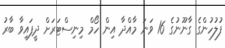
ފުލުހުންގެ ގާނޫނުގެ 16 ވަނަ މާއްދާ އިން ހޯމް މިނިސްޓަރަށް ދީފައިވާ ބާރު